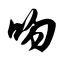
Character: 吻